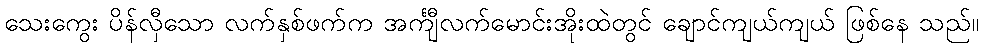
သေးကွေး ပိန်လှီသော လက်နှစ်ဖက်က အင်္ကျီလက်မောင်းအိုးထဲတွင် ချောင်ကျယ်ကျယ် ဖြစ်နေ သည်။